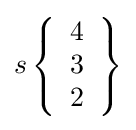
s\left\{{\begin{array}{l}4\\3\\2\end{array}}\right\}